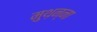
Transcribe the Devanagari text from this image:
मुथ़न्ना